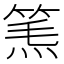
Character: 𥮿